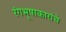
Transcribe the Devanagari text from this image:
रंगभूषाकारांचे